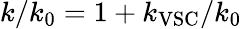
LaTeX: k/k_{0}=1+k_{\mathrm{VSC}}/k_{0}